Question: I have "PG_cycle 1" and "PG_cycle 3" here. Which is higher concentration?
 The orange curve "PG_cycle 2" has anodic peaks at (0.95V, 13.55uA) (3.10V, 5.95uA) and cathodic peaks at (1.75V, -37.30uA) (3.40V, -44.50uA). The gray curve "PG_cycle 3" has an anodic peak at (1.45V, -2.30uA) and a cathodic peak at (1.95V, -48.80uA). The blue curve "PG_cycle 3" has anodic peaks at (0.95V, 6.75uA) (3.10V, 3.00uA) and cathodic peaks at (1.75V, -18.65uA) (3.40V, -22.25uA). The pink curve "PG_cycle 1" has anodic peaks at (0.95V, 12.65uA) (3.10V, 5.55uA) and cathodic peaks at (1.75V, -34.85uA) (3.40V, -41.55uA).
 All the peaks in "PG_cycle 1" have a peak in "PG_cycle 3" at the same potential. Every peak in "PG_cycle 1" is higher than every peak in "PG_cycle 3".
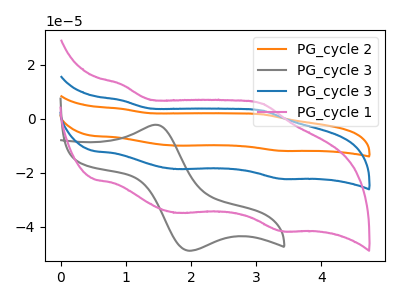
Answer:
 <answer>"PG_cycle 1" has more signal than "PG_cycle 3" and so likely has a higher concentration.</answer>
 <eval>more_concentration</eval>